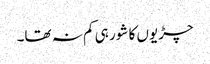
چڑیوں کا شور ہی کم نہ تھا۔